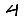
Digit: 4